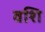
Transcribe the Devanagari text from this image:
वशि